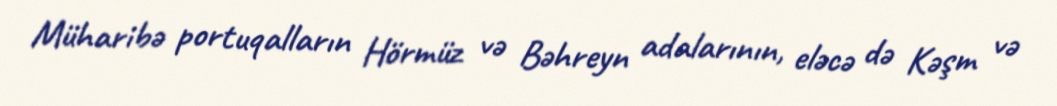
Müharibə portuqalların Hörmüz və Bəhreyn adalarının, eləcə də Kəşm və